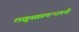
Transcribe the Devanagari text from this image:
लद्युपद्यप्रबन्धत्रयी